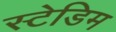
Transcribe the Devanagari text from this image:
स्टेडिम